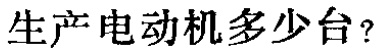
生产电动机多少台？